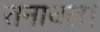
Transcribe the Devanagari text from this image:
तनावल।